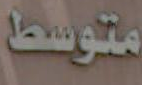
متوسط